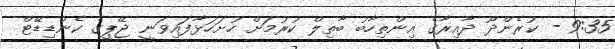
9:35 - ކުރެންދޫ ދާއިރާގެ އިންތިހާބު ބާތިލް ކުރުމަށް ހުށަހަޅާފައިވަނީ ޖޭޕީގެ ކެންޑިޑޭޓް